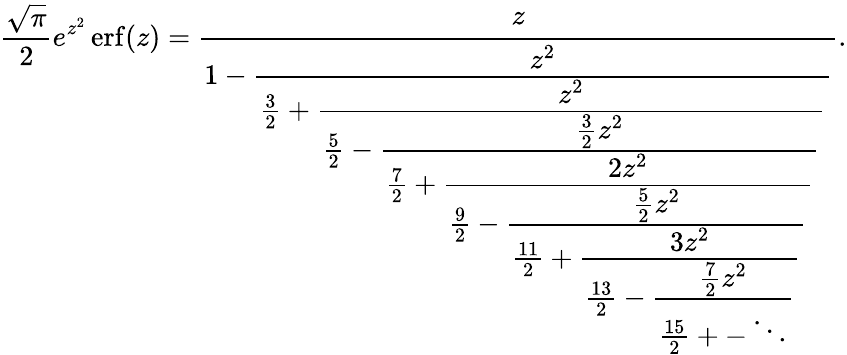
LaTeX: {\frac{\sqrt{\pi}}{2}}e^{z^{2}}\operatorname{erf}(z)={\cfrac{z}{1-{\cfrac{z^{2}}{{\frac{3}{2}}+{\cfrac{z^{2}}{{\frac{5}{2}}-{\cfrac{{\frac{3}{2}}z^{2}}{{\frac{7}{2}}+{\cfrac{2z^{2}}{{\frac{9}{2}}-{\cfrac{{\frac{5}{2}}z^{2}}{{\frac{11}{2}}+{\cfrac{3z^{2}}{{\frac{13}{2}}-{\cfrac{{\frac{7}{2}}z^{2}}{{\frac{15}{2}}+-\ddots}}}}}}}}}}}}}}}}.